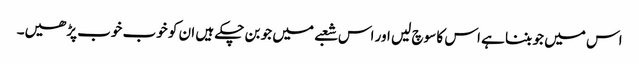
اس میں جو بننا ہے اس کا سوچ لیں اور اس شعبے میں جو بن چکے ہیں ان کو خوب خوب پڑھیں۔